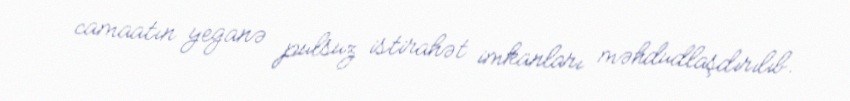
camaatın yeganə pulsuz istirahət imkanları məhdudlaşdırılıb.